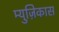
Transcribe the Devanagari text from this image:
म्युज़िकास